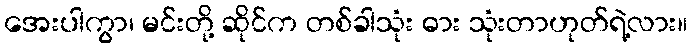
အေးပါကွာ၊ မင်းတို့ ဆိုင်က တစ်ခါသုံး ဓား သုံးတာဟုတ်ရဲ့လား။